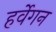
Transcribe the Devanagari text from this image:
हर्वेगन